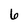
Character: 6